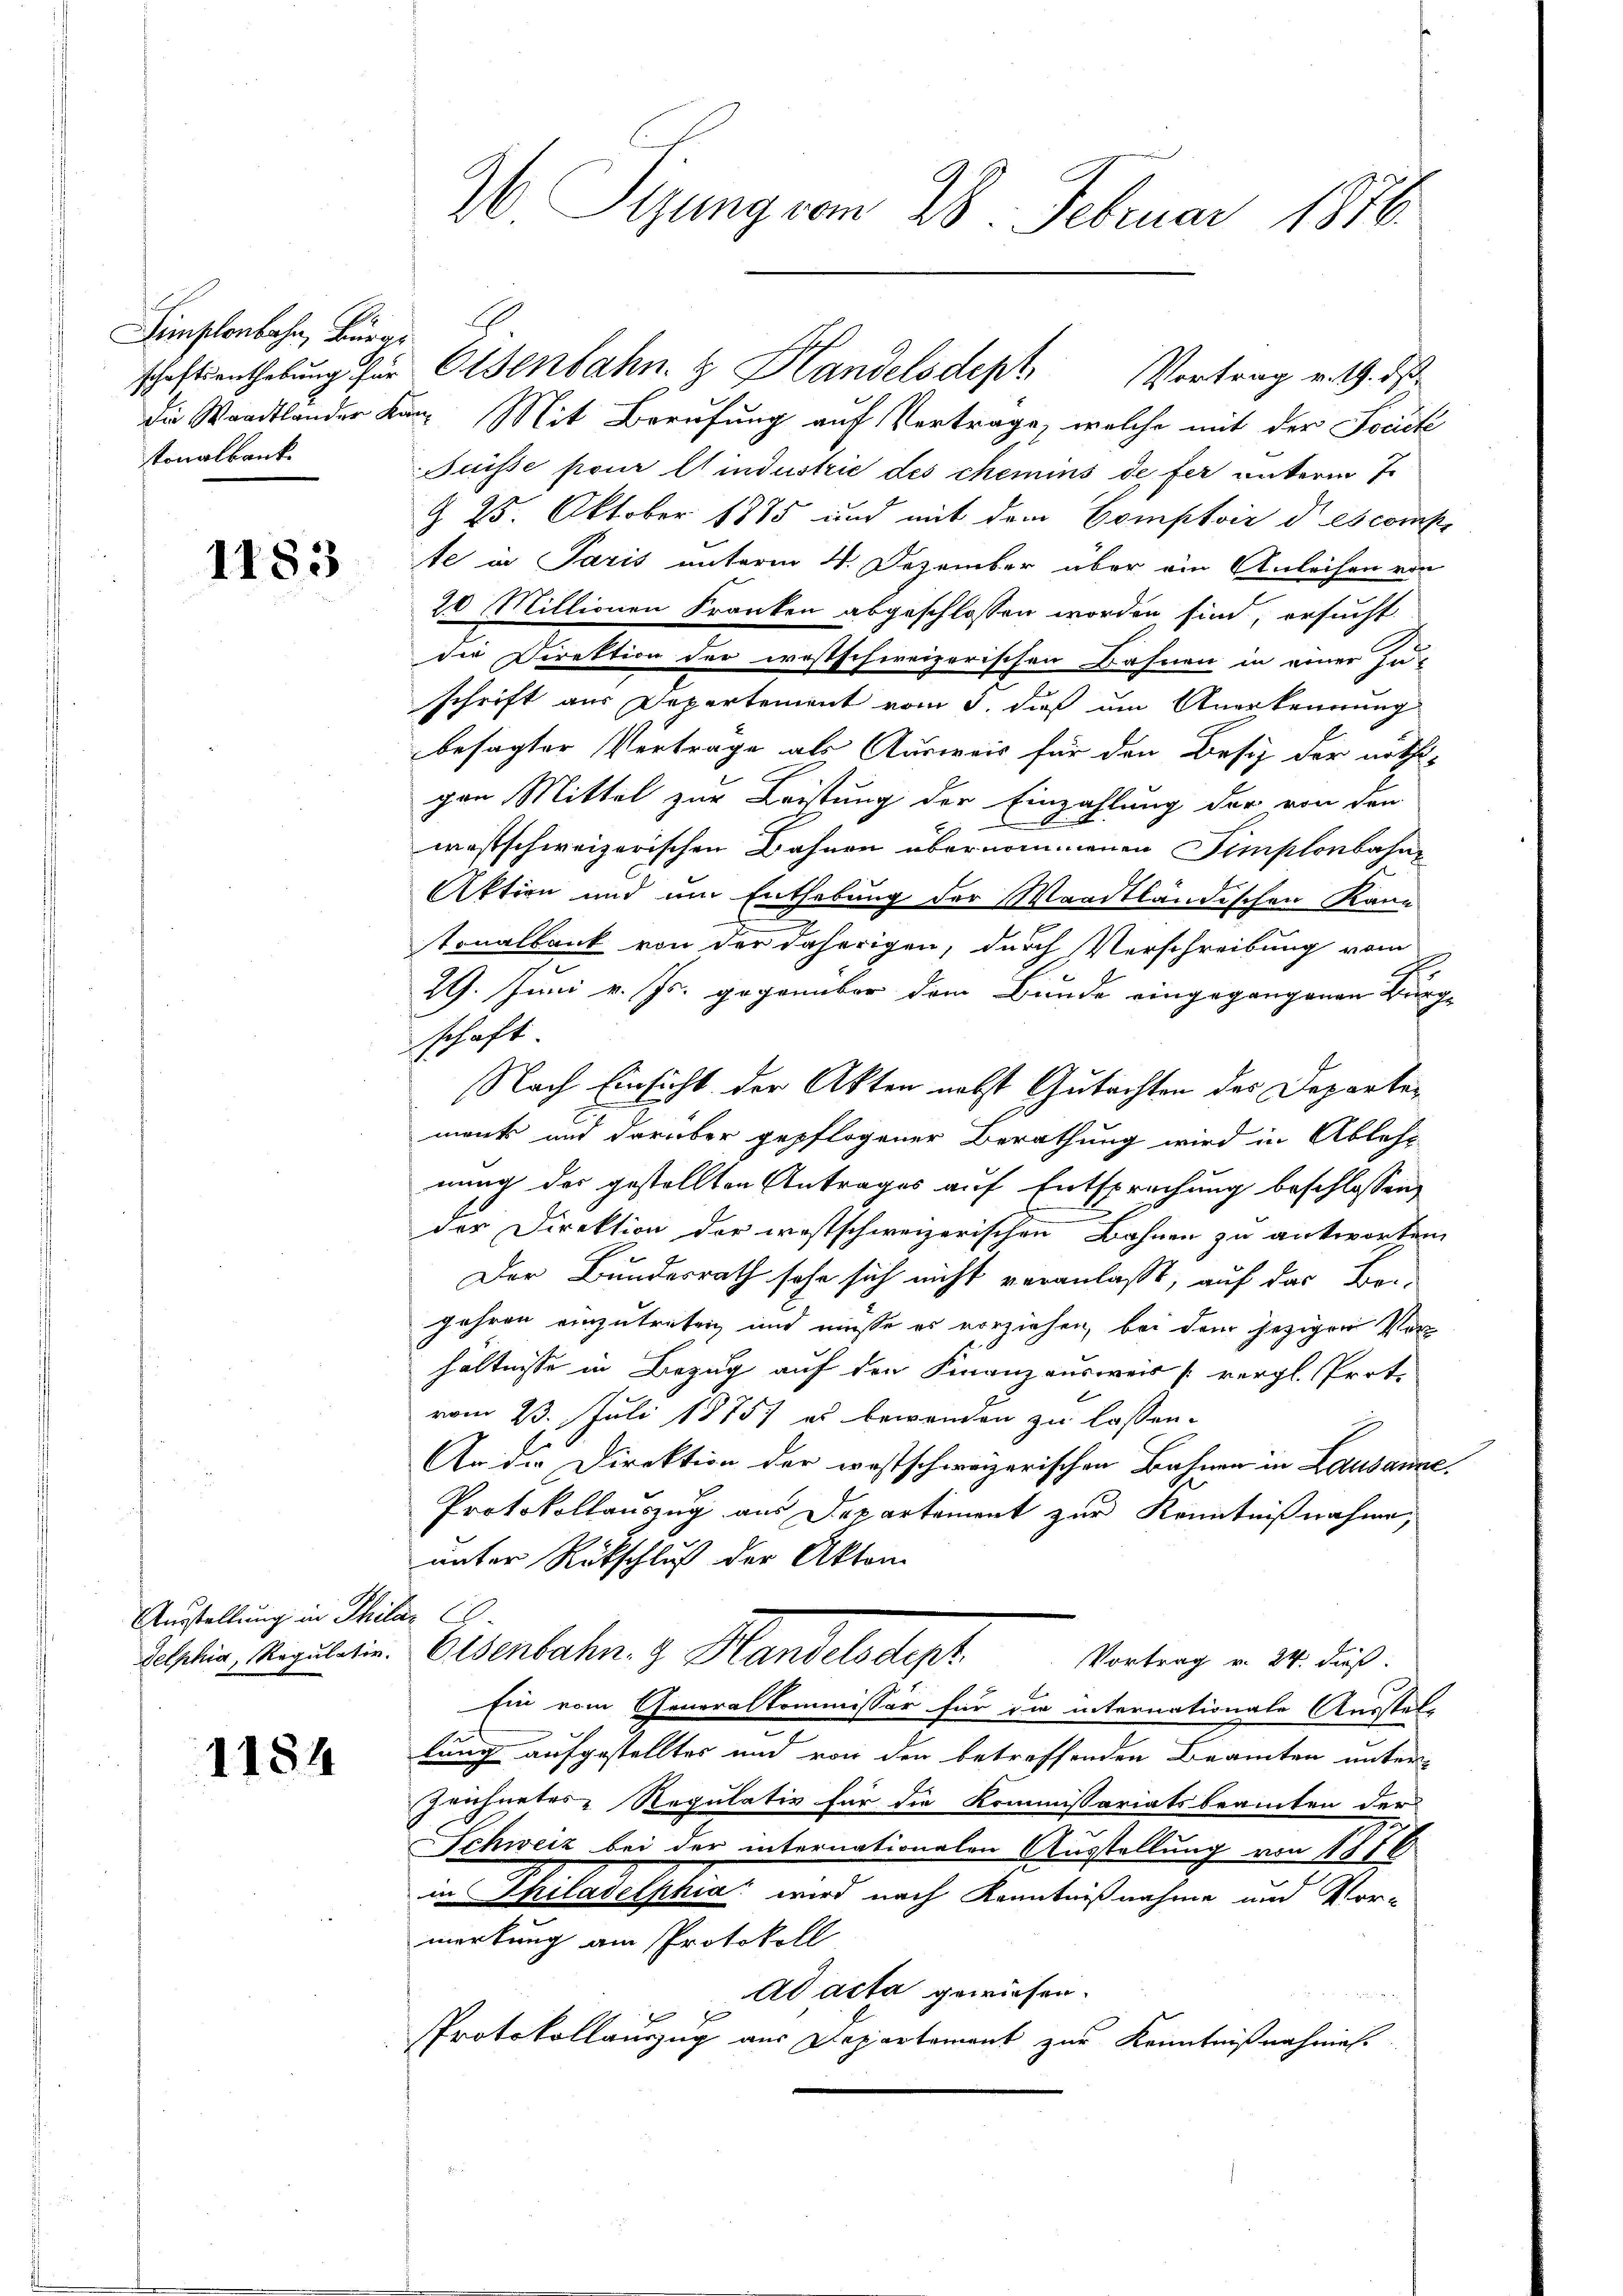
Simschenbahn, Bürgs
tonalbank.

1183

Ausstellung in Philar 20.

1184

W. Sitzung vom 28. Februar 1876.

die Waadtlander Kan Mit Berufung auf Vertrage, welche mit der Societ
Suisse pour lindustrie des chemins de fer unterm 7.
§. 25. Oktober 1885 und mit dem Comptoir descompe
te in Paris unterm 4. Dezember über ein Anleihen von
20 Millionen Franken abgeschlossen worden sind, ersucht
die Direktion der irostschweizerischen Bahnen in einer Zu-
schrift aus Departement vom 3. daß um Anerkennung
besagter Verträge als Ausweis für den Besitz der nöthi-
gen Mittel zur Leistung der Einzahlung der von den
westschweizerischen Bahnen übernommenen Simplonbahn-
Aktion und um Enthebung der Waadtländischen Kann
tonalbank von der daherigen, durch Verschreibung vom
29. Juni v. Js. gegenüber dem Bunde eingegangenen Bürge
schaft
Nach Einsicht der Akten nebst Gutachten des Departemank und darüber gepflogener Berathung wird in Ableht
nung des gestellten Antrages auf Entsprechung beschlossen,
der Direktion der westschweizerischen Bahnen zu antworten
Der Bundesrath sehe sich nicht veranlaßt, auf das Be-
jahren einzutreten und müsse es vorziehen, bei dem jezigen Vorhältnisse in Bezug auf den Finanzausweis [vergl. Prot.
vom 23. Juli 1875) es bewenden zu lassen.
An die Direktion der westschweizerischen Bahnen in Lausanne
Protokollauszug aus Departement zur Kenntnißnahme,
unter Rückschluß der Akten
Dellin, Regulatin. Osenbahn. 9. Handelsdept
Vortrag v. 24. dieß:
Ein vom Generalkommissär für die internationale Ausstel-
lung aufgestelltes und von den betreffenden Beamten unter
Zeichnetes Regulativ für die Kommissariatsbeamten der
Schweiz bei der internationalen Ausstellung von 1776
in Philadelphia wird nach Kenntnißnahme und Vor-
merkung am Protokoll
Ad acta gewiesen.
 2 x
Protokollauszug aus Departement zur Kenntnißnahms-

schaftsanthebung für Osenbahn & Handelsdept Vortrag v. M. d